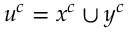
u ^ { c } = x ^ { c } \cup y ^ { c }